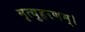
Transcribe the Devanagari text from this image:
मृत्युहरणम्‌।